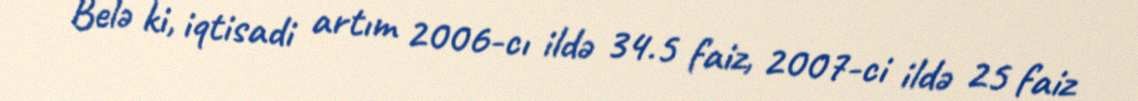
Belə ki, iqtisadi artım 2006-cı ildə 34.5 faiz, 2007-ci ildə 25 faiz